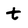
Character: t